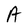
Character: A